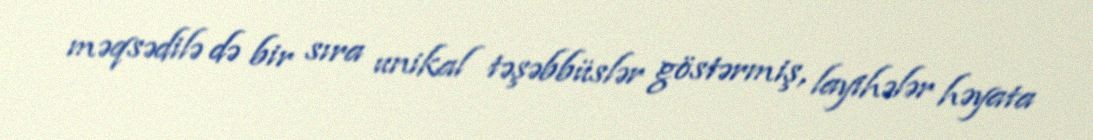
məqsədilə də bir sıra unikal təşəbbüslər göstərmiş, layihələr həyata